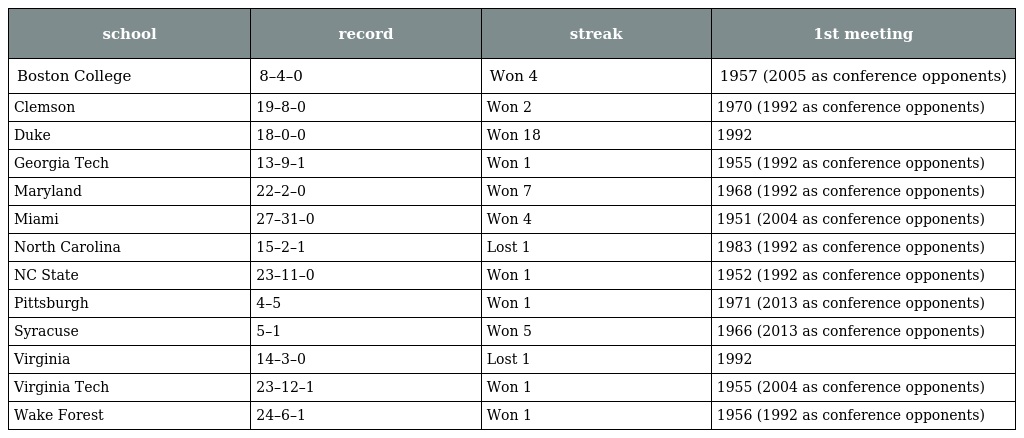
| school | record | streak | 1st meeting |
 | --- | --- | --- | --- |
 | Boston College | 8–4–0 | Won 4 | 1957 (2005 as conference opponents) |
 | Clemson | 19–8–0 | Won 2 | 1970 (1992 as conference opponents) |
 | Duke | 18–0–0 | Won 18 | 1992 |
 | Georgia Tech | 13–9–1 | Won 1 | 1955 (1992 as conference opponents) |
 | Maryland | 22–2–0 | Won 7 | 1968 (1992 as conference opponents) |
 | Miami | 27–31–0 | Won 4 | 1951 (2004 as conference opponents) |
 | North Carolina | 15–2–1 | Lost 1 | 1983 (1992 as conference opponents) |
 | NC State | 23–11–0 | Won 1 | 1952 (1992 as conference opponents) |
 | Pittsburgh | 4–5 | Won 1 | 1971 (2013 as conference opponents) |
 | Syracuse | 5–1 | Won 5 | 1966 (2013 as conference opponents) |
 | Virginia | 14–3–0 | Lost 1 | 1992 |
 | Virginia Tech | 23–12–1 | Won 1 | 1955 (2004 as conference opponents) |
 | Wake Forest | 24–6–1 | Won 1 | 1956 (1992 as conference opponents) |